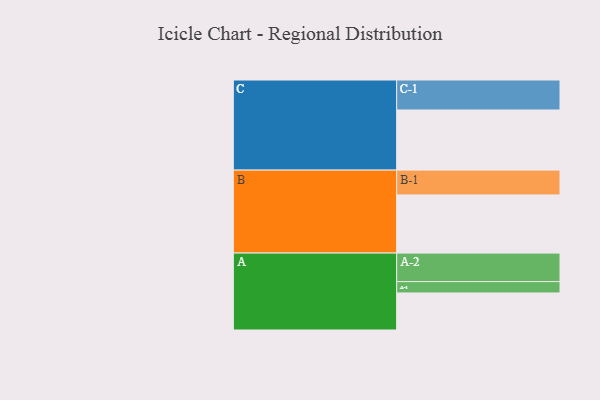
{"axis": {"x": "Segment", "y": "Value"}, "legend": ["", "A", "B", "C"], "data": [{"x": "A", "y": 300, "type": ""}, {"x": "B", "y": 471, "type": ""}, {"x": "C", "y": 487, "type": ""}, {"x": "A-1", "y": 92, "type": "A"}, {"x": "A-2", "y": 231, "type": "A"}, {"x": "B-1", "y": 201, "type": "B"}, {"x": "C-1", "y": 243, "type": "C"}]}